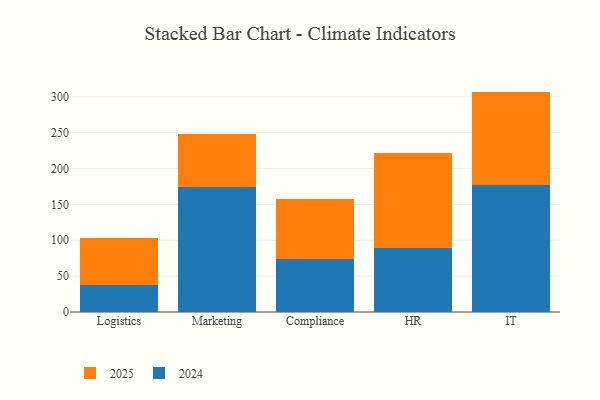
{"axis": {"x": "Department", "y": "Temperature (°C)"}, "legend": ["2024", "2025"], "data": [{"x": "Logistics", "y": 37.1, "type": "2024"}, {"x": "Logistics", "y": 65.8, "type": "2025"}, {"x": "Marketing", "y": 174.8, "type": "2024"}, {"x": "Marketing", "y": 74.0, "type": "2025"}, {"x": "Compliance", "y": 73.9, "type": "2024"}, {"x": "Compliance", "y": 83.2, "type": "2025"}, {"x": "HR", "y": 89.5, "type": "2024"}, {"x": "HR", "y": 132.8, "type": "2025"}, {"x": "IT", "y": 177.5, "type": "2024"}, {"x": "IT", "y": 129.8, "type": "2025"}]}